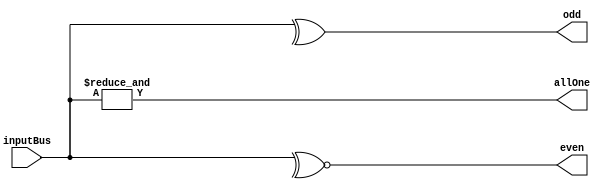
module BitWise(inputBus,even,odd,allOne);
input [7:0]inputBus;
output even,odd,allOne;
wire even,odd,allOne;
  assign odd=^inputBus;
  assign even=~^inputBus;
  assign allOne=&inputBus;
endmodule